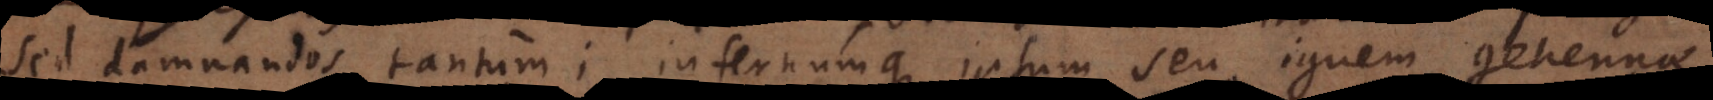
damnandos tantum; infernumque ipsum seu ignem gehennae